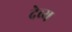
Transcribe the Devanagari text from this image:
देव्य